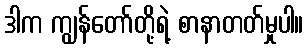
ဒါက ကျွန်တော်တို့ရဲ့ စာနာတတ်မှုပါ။